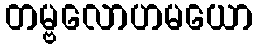
တမ္ဗလောဟမယော